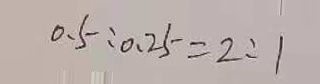
0 . 5 : 0 . 2 5 = 2 : 1